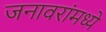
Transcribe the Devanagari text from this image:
जनावरांमध्ये